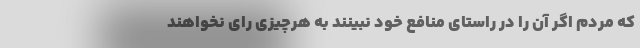
که مردم اگر آن را در راستای منافع خود نبینند به هرچیزی رای نخواهند